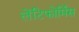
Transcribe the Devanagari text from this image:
लेंटिफोर्मिस